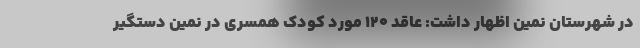
در شهرستان نمین اظهار داشت: عاقد 120 مورد کودک همسری در نمین دستگیر